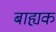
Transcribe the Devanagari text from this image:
बाह्यक